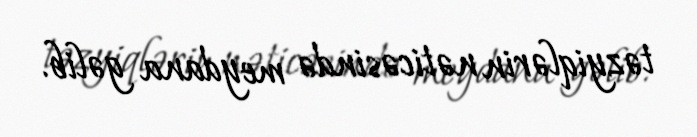
təzyiqlərin nəticəsində meydana gəlib.